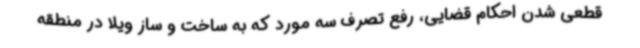
قطعی شدن احکام قضایی، رفع تصرف سه مورد که به ساخت و ساز ویلا در منطقه